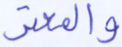
والمعتر